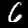
Digit: 6